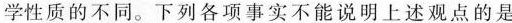
学性质的不同。下列各项事实不能说明上述观点的是